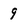
Character: 9